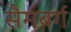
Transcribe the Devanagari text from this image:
सैमबर्ग